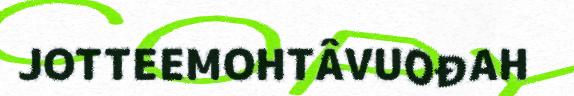
JOTTEEMOHTÂVUOĐAH